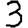
Digit: 3